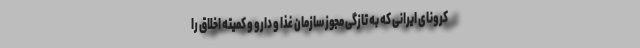
کرونای ایرانی که به تازگی مجوز سازمان غذا و دارو و کمیته اخلاق را